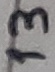
Text: 13